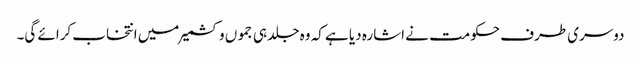
دوسری طرف حکومت نے اشارہ دیا ہے کہ وہ جلد ہی جمو ں وکشمیر میں انتخاب کرائے گی۔